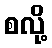
စလို့